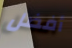
أفضل